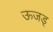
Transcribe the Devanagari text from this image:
ऊजड्